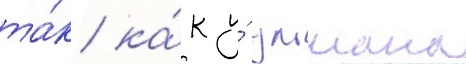
та́к ка́к у́ ульмана